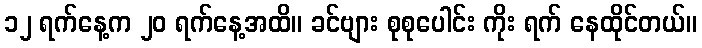
၁၂ ရက်နေ့က ၂၀ ရက်နေ့အထိ။ ခင်ဗျား စုစုပေါင်း ကိုး ရက် နေထိုင်တယ်။